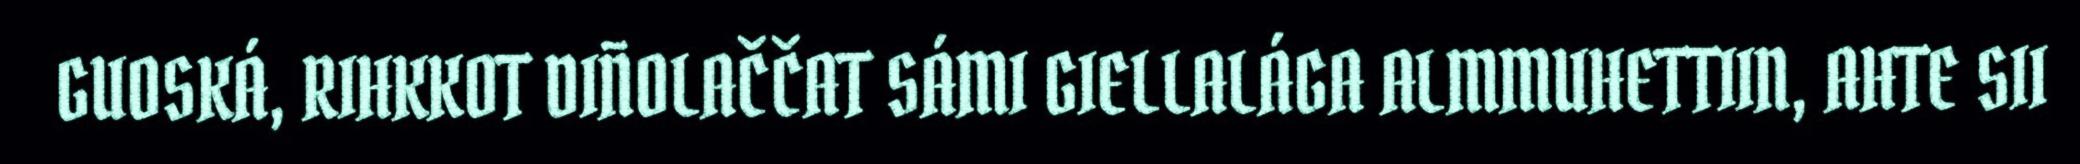
GUOSKÁ, RIHKKOT DIÑOLAČČAT SÁMI GIELLALÁGA ALMMUHETTIIN, AHTE SII